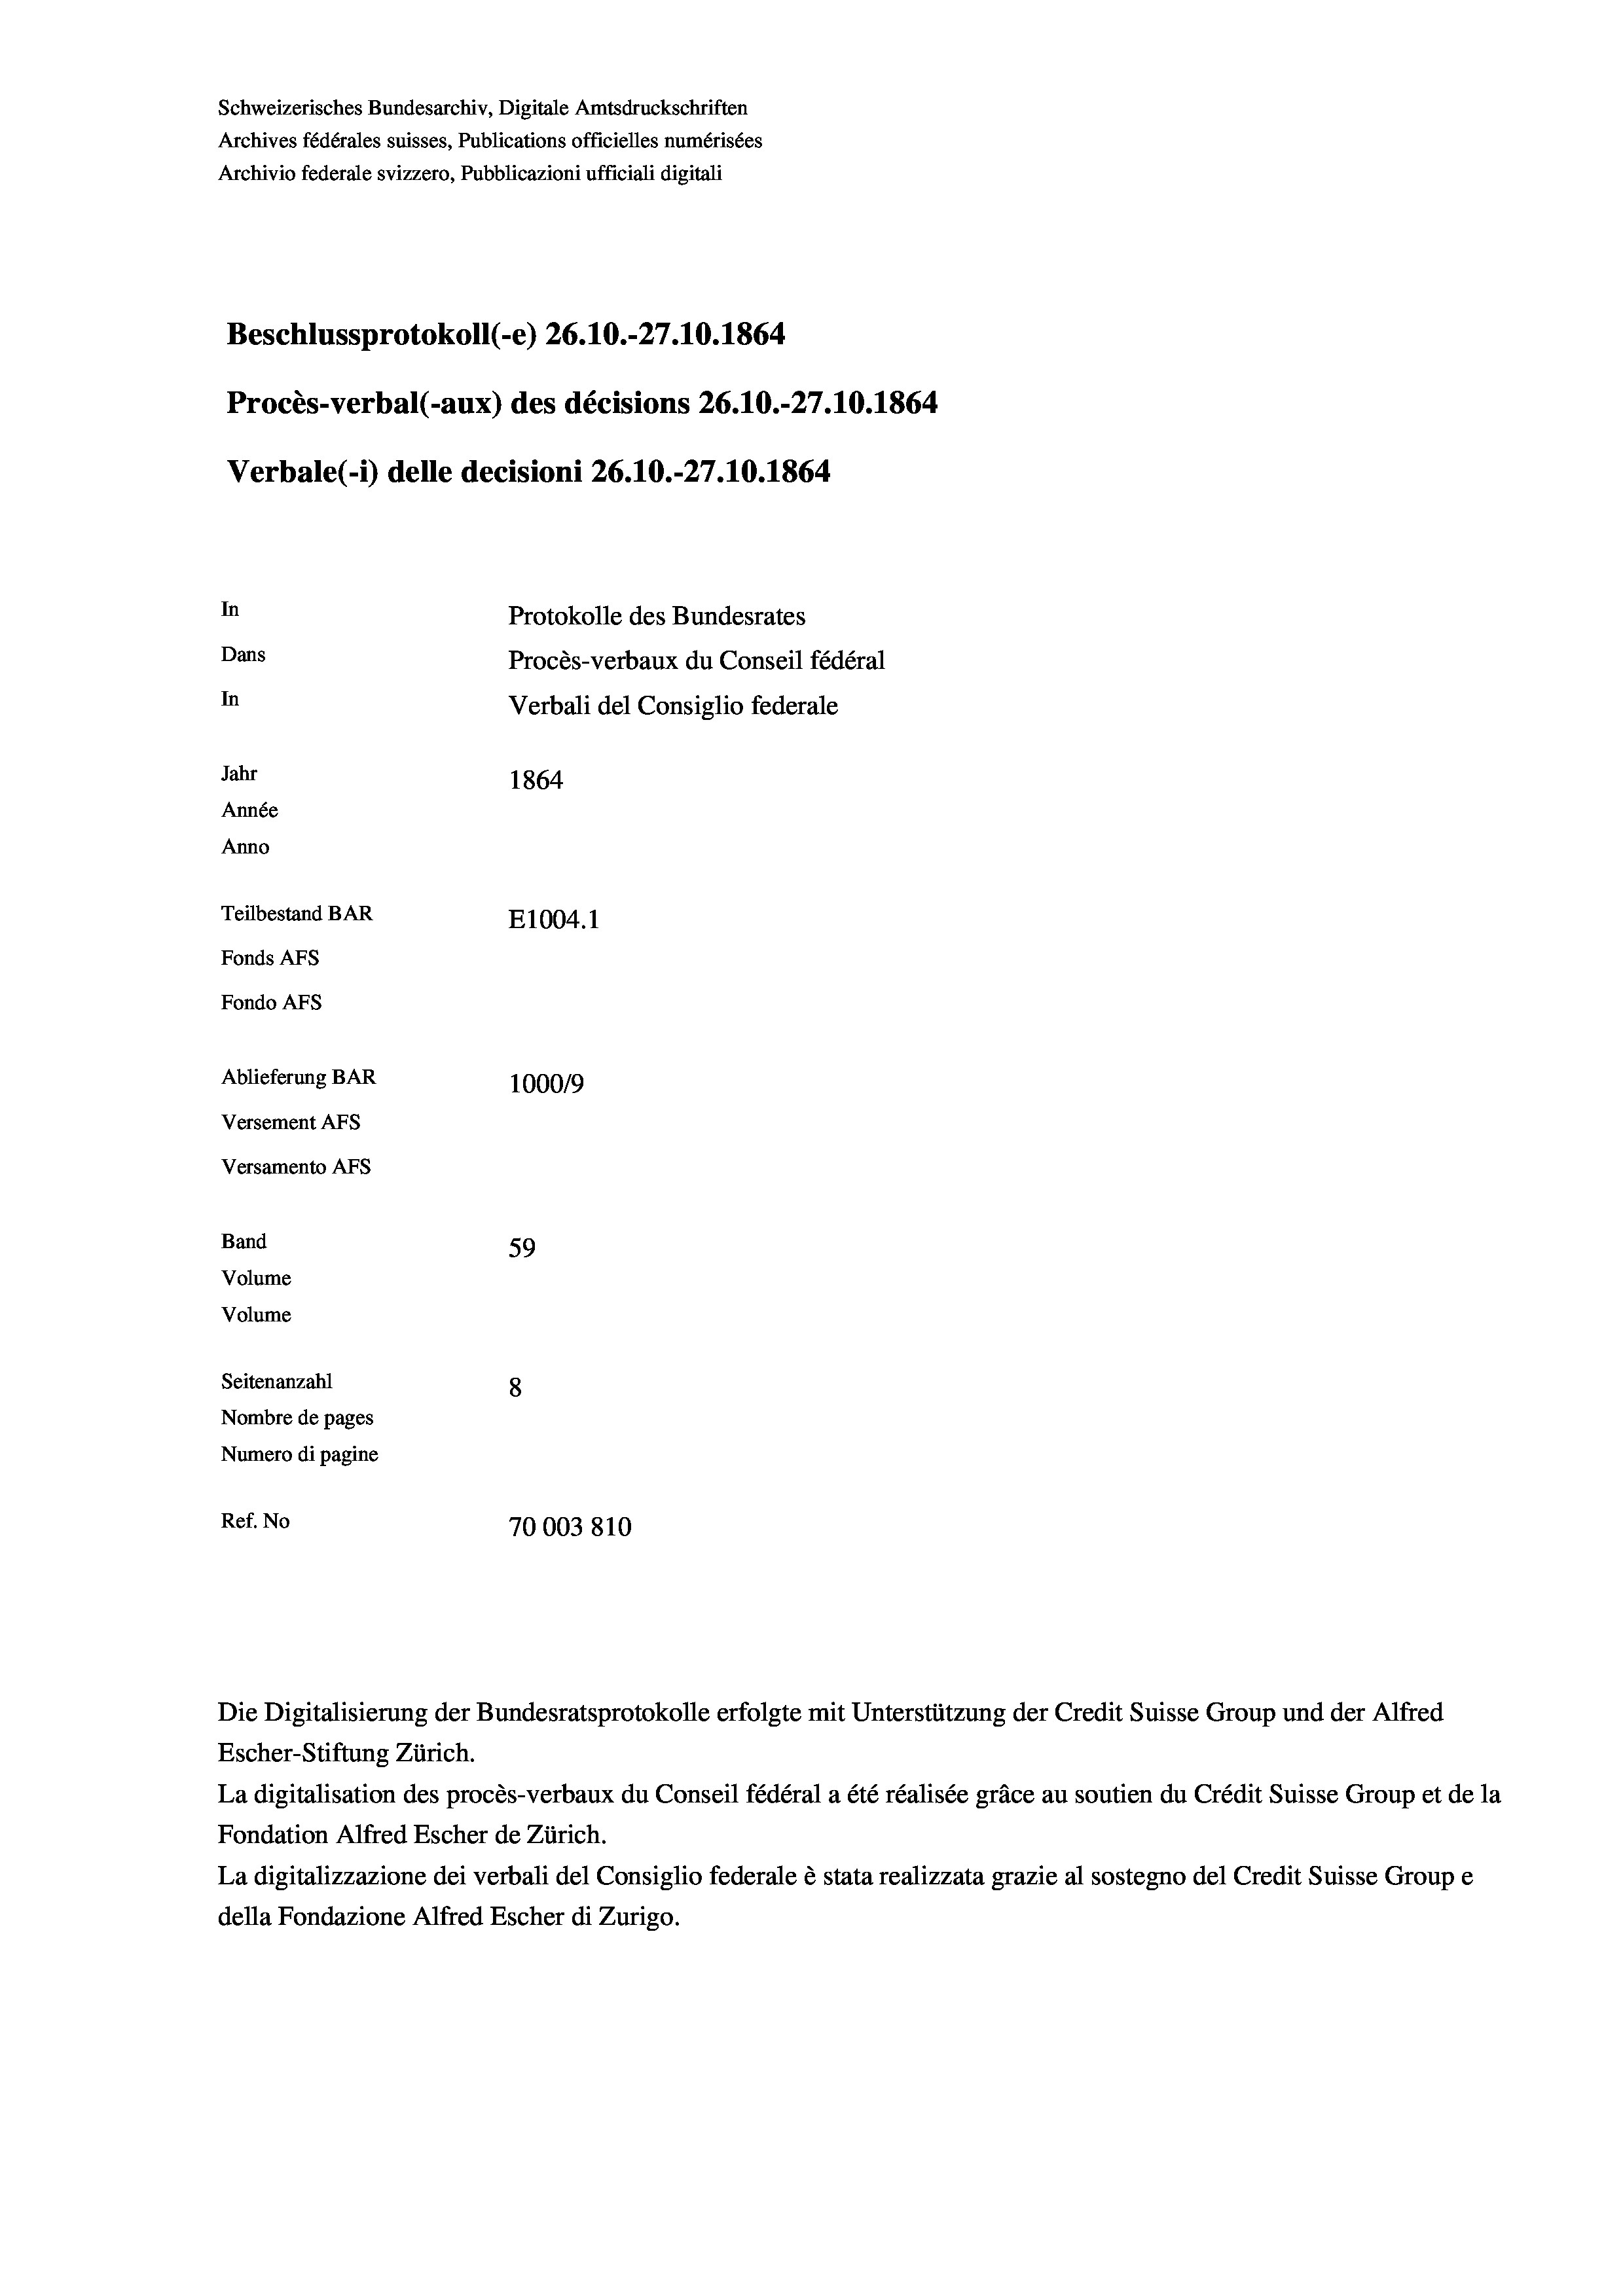
Schweizerisches Bundesarchiv, Digitale Amtsdruckschriften
Archives fédérales suisses, Publications officielles numérisées
Archivio federale svizzero, Pubblicazioni ufficiali digitali
Beschlussprotokoll (-e) 26.10.-27.10. 1864
Procès-verbal (-aux) des décisions 26.10.-27.10.1864
Verbale (- 1) delle decisioni 26.10.-27.10.1864.
In
Protokolle des Bundesrates
Dans
Procès-verbaux du Conseil fédéral
In
Verbali del Consiglio federale
Jahr
1864
Année
Anno
Teilbestand BAR
E1004. 1
Fonds AFs
Fondo AFs
Ablieferung BAR
100019
Versement As
Versamento Afs
Band
59
Volume
Volume
Seitenanzahl
8
Nombre de pages
Numero di pagine
Ref. No
70003810

Die Digitalisierung der Bundesratsprotokolle erfolgte mit Unterstützung der Credit Suisse Group und der Alfred
Escher-Stiftung Zürich.
La digitalisation des procès-verbaux du Conseil fédéral a été réalisée gräce au soutien du Crédit Suisse Group et de la
Fondation Alfred Escher de Zürich.
La digitalizzazione dei verbali del Consiglio federale è stata realizzata grazie al sostegno del Credit Suisse Groupe
della Fondazione Alfred Escher di Zurigo.